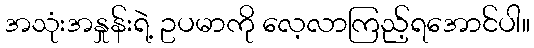
အသုံးအနှုန်းရဲ့ ဥပမာကို လေ့လာကြည့်ရအောင်ပါ။